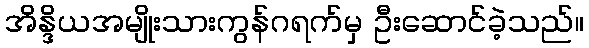
အိန္ဒိယအမျိုးသားကွန်ဂရက်မှ ဦးဆောင်ခဲ့သည်။